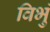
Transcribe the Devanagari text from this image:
विभुं